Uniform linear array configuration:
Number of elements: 12
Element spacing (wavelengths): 0.5
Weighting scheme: blackman
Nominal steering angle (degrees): -60
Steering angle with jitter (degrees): -58.792
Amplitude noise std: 0.05
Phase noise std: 0.05

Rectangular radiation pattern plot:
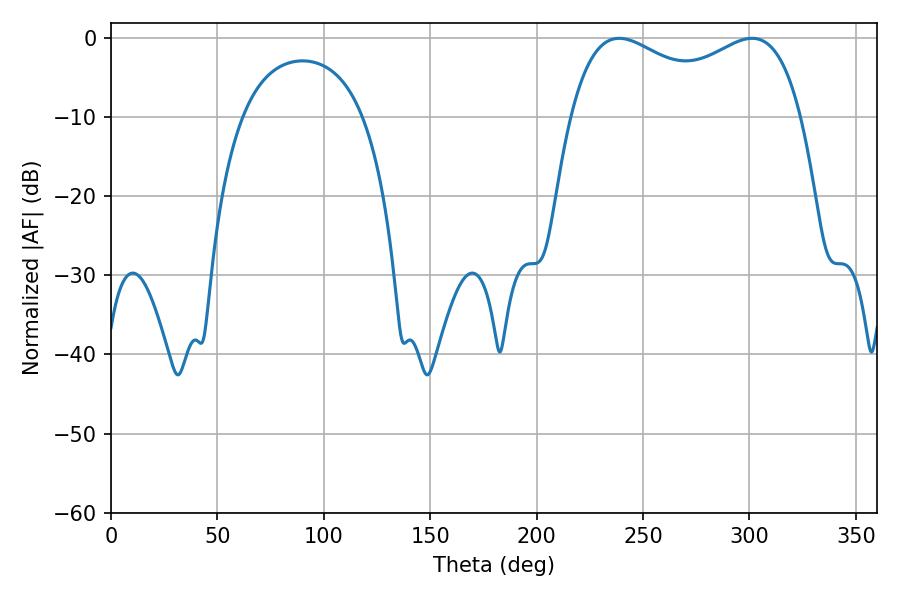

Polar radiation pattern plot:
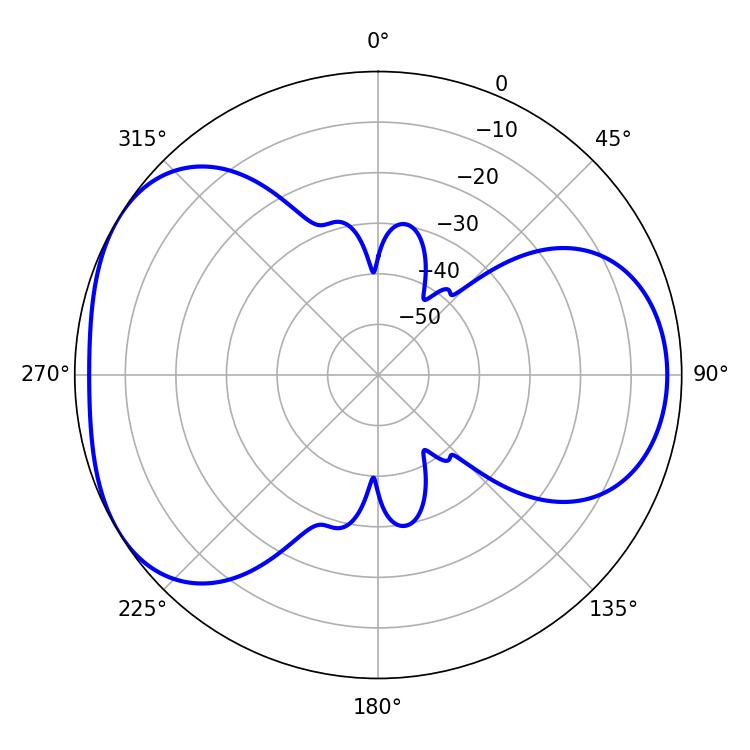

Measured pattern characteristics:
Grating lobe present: FALSE
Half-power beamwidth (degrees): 90
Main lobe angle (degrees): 238.86